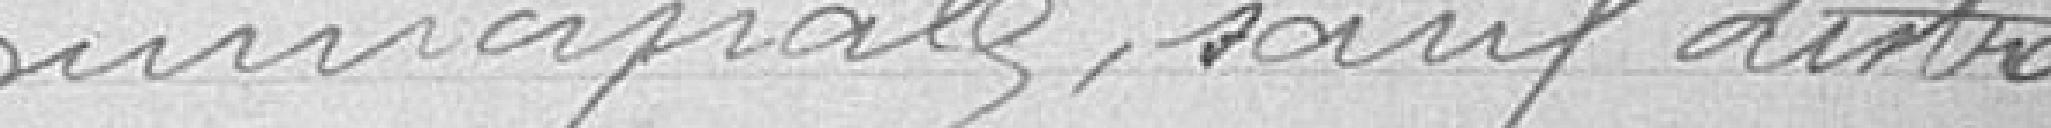
municipale sauf distin-